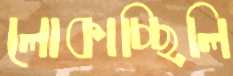
লোকাচ্ছিলি